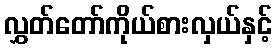
လွှတ်တော်ကိုယ်စားလှယ်နှင့်